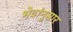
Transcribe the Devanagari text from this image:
भेदांनुसार